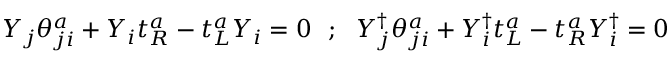
Y _ { j } \theta _ { j i } ^ { a } + Y _ { i } t _ { R } ^ { a } - t _ { L } ^ { a } Y _ { i } = 0 ~ ~ ; ~ ~ Y _ { j } ^ { \dagger } \theta _ { j i } ^ { a } + Y _ { i } ^ { \dagger } t _ { L } ^ { a } - t _ { R } ^ { a } Y _ { i } ^ { \dagger } = 0